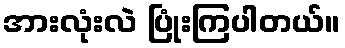
အားလုံးလဲ ပြုံးကြပါတယ်။